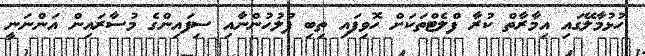
ހުޅުމާލޭގައި އިމާރާތް ކުރާ ފްލެޓްތަކަށް ހޮވިފައި ތިބި ފުލުހުންނާއި ސިފައިންގެ މުސާރައިން އަންނަނީ